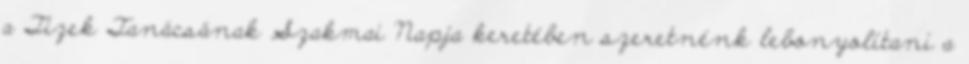
a Tizek Tanácsának Szakmai Napja keretében szeretnénk lebonyolítani a